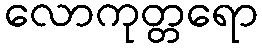
လောကုတ္တရော